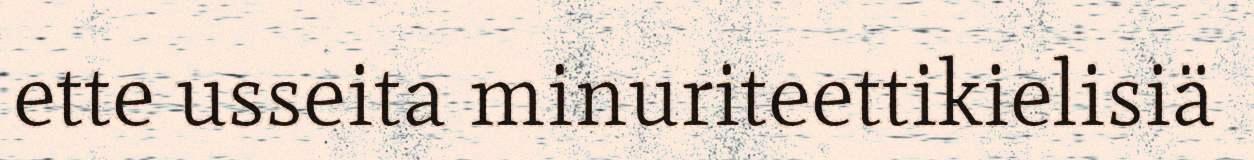
ette usseita minuriteettikielisiä